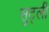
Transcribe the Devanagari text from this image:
सुट्ली